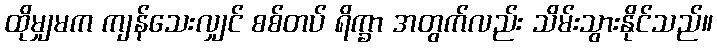
ထိုမျှမက ကျန်သေးလျှင် စစ်တပ် ရိက္ခာ အတွက်လည်း သိမ်းသွားနိုင်သည်။